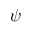
\psi